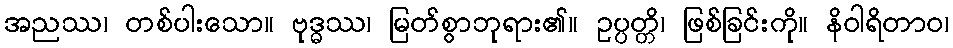
အညဿ၊ တစ်ပါးသော။ ဗုဒ္ဓဿ၊ မြတ်စွာဘုရား၏။ ဥပ္ပတ္တိ၊ ဖြစ်ခြင်းကို။ နိဝါရိတာဝ၊